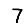
Digit: 7